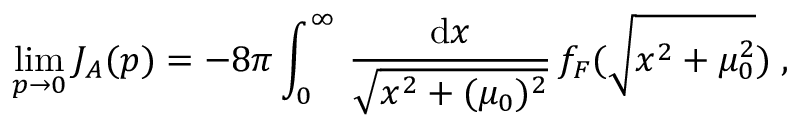
\operatorname * { l i m } _ { p \rightarrow 0 } J _ { A } ( p ) = - 8 \pi \int _ { 0 } ^ { \infty } \, \frac { \mathrm { d } x } { \sqrt { x ^ { 2 } + ( \mu _ { 0 } ) ^ { 2 } } } \, f _ { F } ( \sqrt { x ^ { 2 } + \mu _ { 0 } ^ { 2 } } ) \; ,